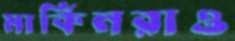
মার্কিনরাও